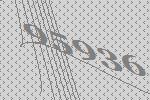
95936